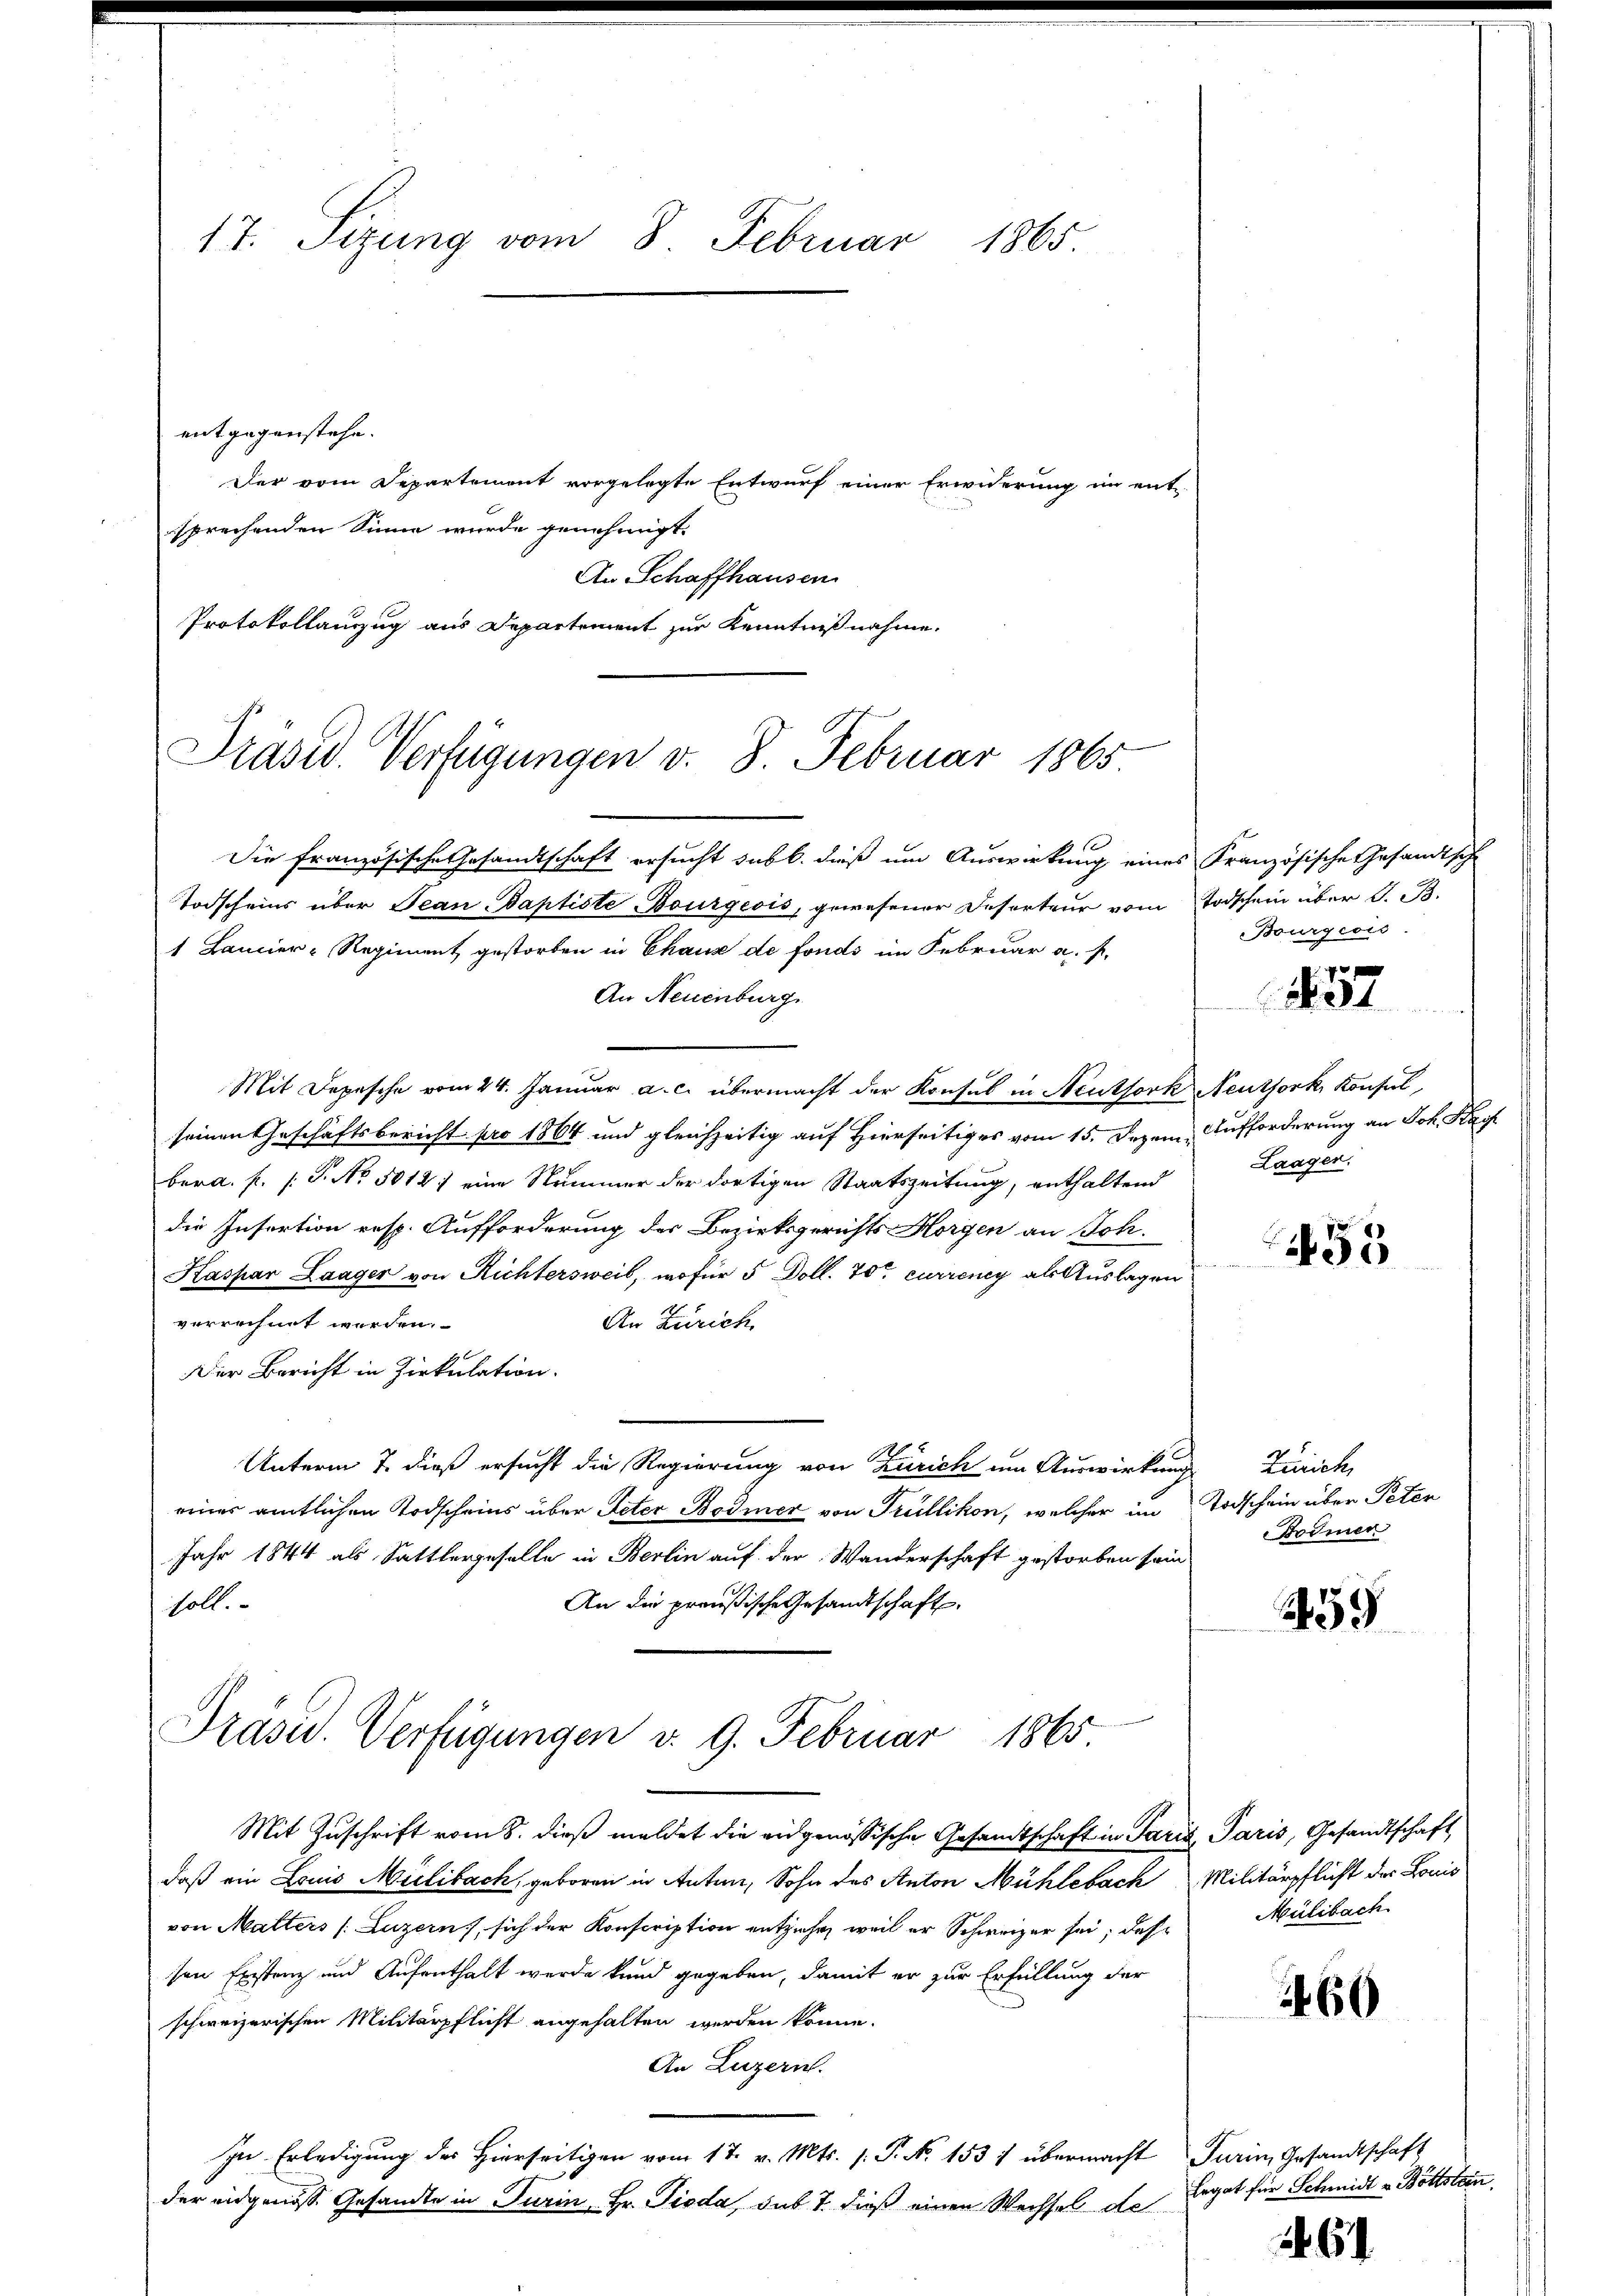
17. Sizung vom 8. Februar 1865

entgegenstehe.
Der vom Departement vorgelegte Entwurf einer Erwiderung im entsprechenden Sinne wurde genehmigt.
An Schaffhausen
Protokollanzug aus Departement zur Kenntnißnahme.

Präsid. Verfügungen v. 8. Februar 1865

Die französische Gesandtschaft ersucht subb. dieß um Auswirkung eines Französische Gesandtsch
Todscheins über Jean Baptiste Bourgeois, gewesener Deserteur vom Todschein über d. B.
1 Bancier-Regiment gestorben in Chaux de fonds im Februar a. f.
An Neuenburg.
Mit Depesche vom 24. Januar a. c. übermacht der Konsul in Neuthork Neuthork, Konfel
seinen Geschäftsbericht pro 1864 und gleichzeitig auf Hierseitiges vom 15. Dezem Aufforderung an Joh. Kauf
bera. f. (T. No. 5012 1 eine Nummer der dortigen Staatszeitung, enthaltend
die Insertion resp. Aufforderung des Bezirksgerichts Horgen an Joh.
Kaspar Laager von Richtersweil, wofür 5 Doll. 70t currency als Auslagen
verrechnet werden.
An Zürich
Der Bericht in Zirkulation.
Unterm 7. dieß ersucht die Regierung von Zürich um Auswirkung
eines amtlichen Todscheins über Peter Bodmer von Trüllikon, welcher im Todschein über Peter
Jahr 1844 als Sattlergeselle in Berlin auf der Wanderschaft gestorben sein
An die preußische Gesandtschaft.
soll.
Präsid. Verfügungen d. 9. Februar 1865

Mit Zuschrift vom 8. dieß meldet die eidgenössische Gesandtschaft in Paris, Paris, Gesandtschaft

Bourgeois

daß ein Louis Mülibach, geboren in Anten, Sohn des Anton Mühlebach Militärpflicht des Louis
von Matters (Luzern, sich der Konscription entziehe, weil er Schweizer sei, daß
sen Existenz und Aufenthalt werde kund gegeben, damit er zur Erfüllung der
schweizerischen Militärpflicht angehalten werden könne.
An Luzern.
In Erledigung des Hierseitigen vom 17. v. Mts. s. P. No 1537 übermacht Turin, Gesandtschaft
der eidgenosse Gesandte in Turin Hr. Pioda, sub 7. dieß einen Wechsel de

1857

Laager.

53

Zürich,
Bremen

59

Mülibach

460

Ergat für Schmidt v. Böttstein.

6